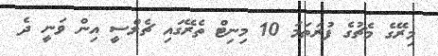
މިރޭގެ މެޗުގެ ފުރަތަމަ 10 މިނިޓް ތެރޭގައި ޗެލްސީ އިން ވަނީ ދެ